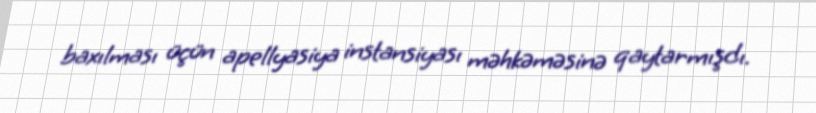
baxılması üçün apellyasiya instansiyası məhkəməsinə qaytarmışdı.